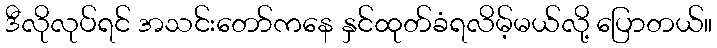
ဒီလိုလုပ်ရင် အသင်းတော်ကနေ နှင်ထုတ်ခံရလိမ့်မယ်လို့ ပြောတယ်။